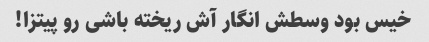
خیس بود وسطش انگار آش ریخته باشی رو پیتزا!